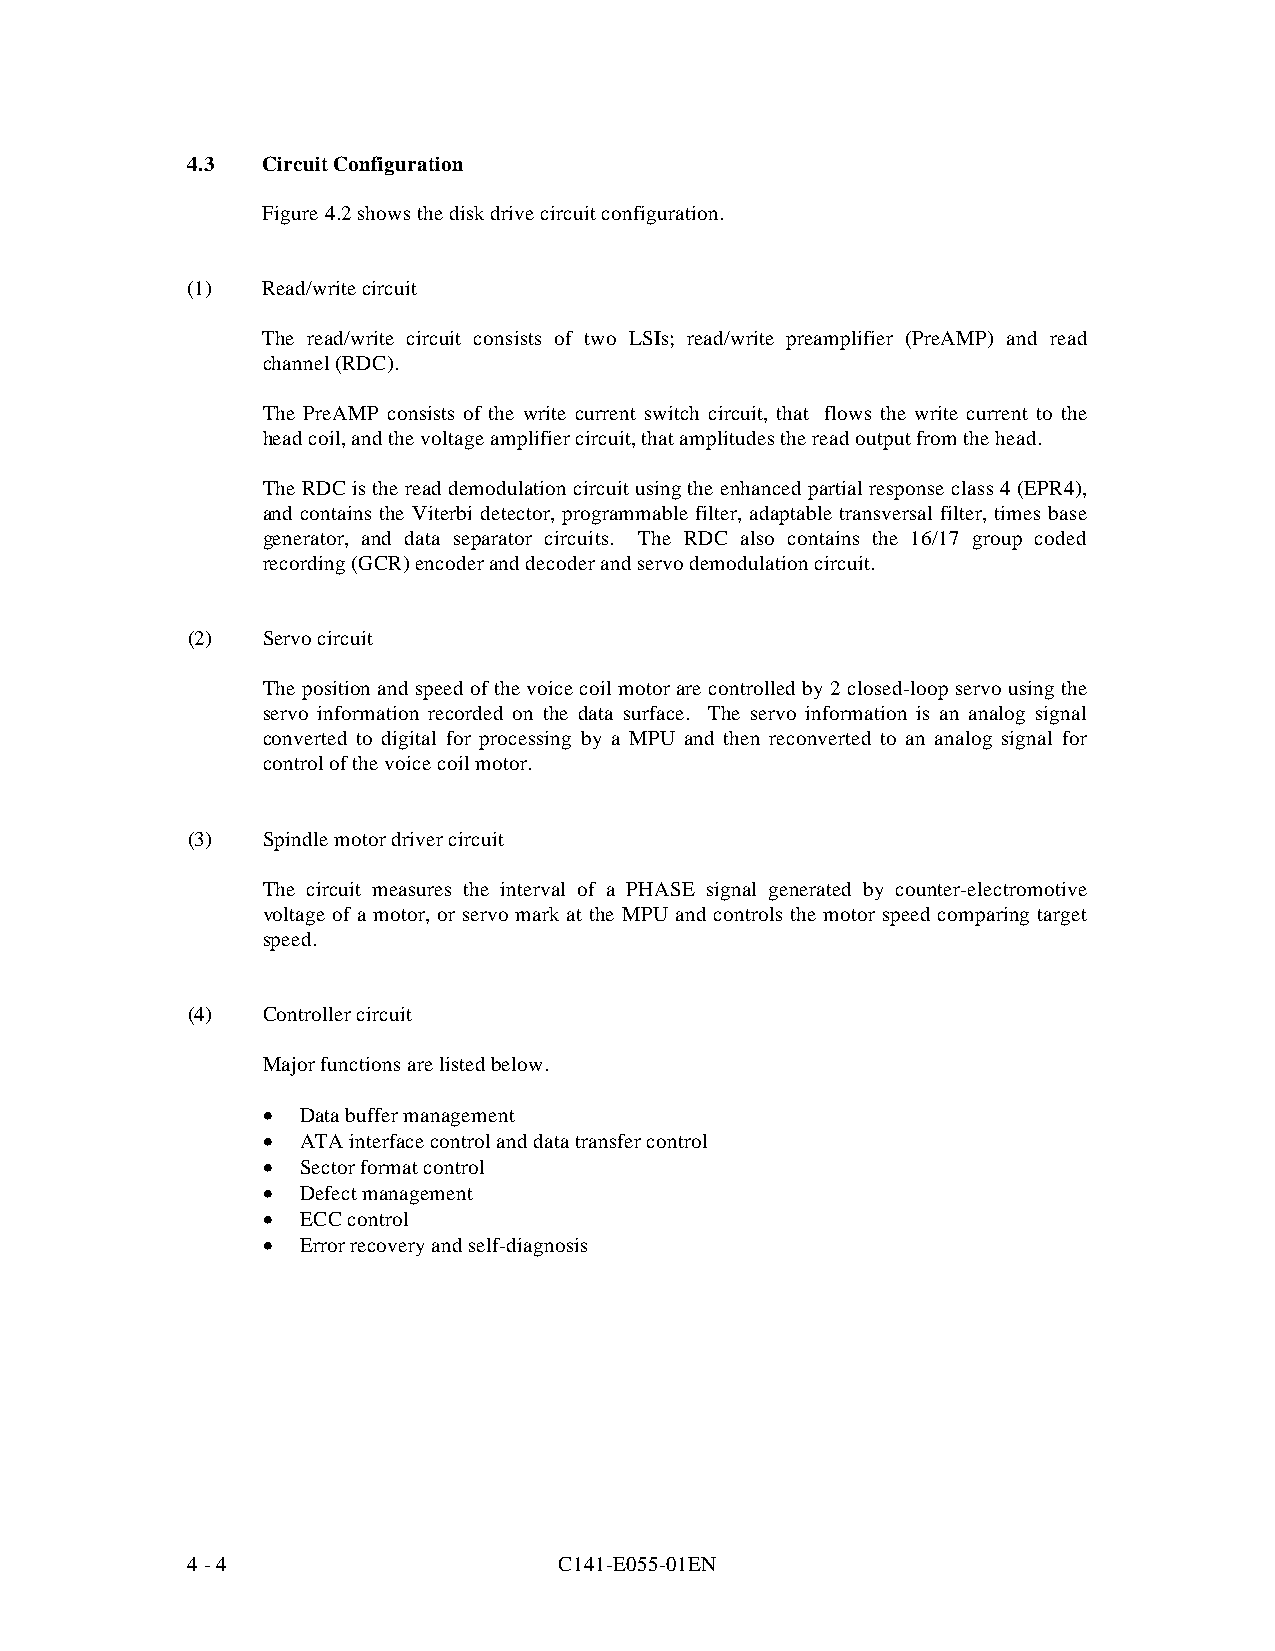
4.3  Circuit Configuration
 Figure 4.2 shows the disk drive circuit configuration.
 (1)  Read/write circuit
 The read/write circuit consists of two LSIs; read/write preamplifier (PreAMP) and read
 channel (RDC).
 The PreAMP consists of the write current switch circuit, that flows the write current to the
 head coil, and the voltage amplifier circuit, that amplitudes the read output from the head.
 The RDC is the read demodulation circuit using the enhanced partial response class 4 (EPR4),
 and contains the Viterbi detector, programmable filter, adaptable transversal filter, times base
 generator, and data separator circuits. The RDC also contains the 16/17 group coded
 recording (GCR) encoder and decoder and servo demodulation circuit.
 (2)  Servo circuit
 The position and speed of the voice coil motor are controlled by 2 closed-loop servo using the
 servo information recorded on the data surface. The servo information is an analog signal
 converted to digital for processing by a MPU and then reconverted to an analog signal for
 control of the voice coil motor.
 (3)  Spindle motor driver circuit
 The circuit measures the interval of a PHASE signal generated by counter-electromot ive
 voltage of a motor, or servo mark at the MPU and controls the motor speed comparing target
 speed.
 (4)  Controller circuit
 Major functions are listed below.
 •  Data buffer management
 •  ATA interface control and data transfer control
 •  Sector format control
 •  Defect management
 •  ECC control
 •  Error recovery and self-diagnosis
 4 - 4                    C141-E055-01EN